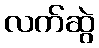
လက်ဆွဲ